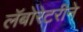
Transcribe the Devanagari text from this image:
लॅबोरेटरीने